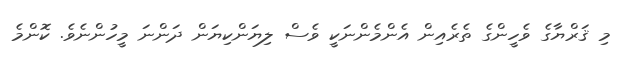
މި ޤަރްޔާގެ ވެހީންގެ ތެރެއިން އެންމެންނަކީ ވެސް ލިޔަންކިޔަން ދަންނަ މީހުންނެވެ. ކޮންމެ